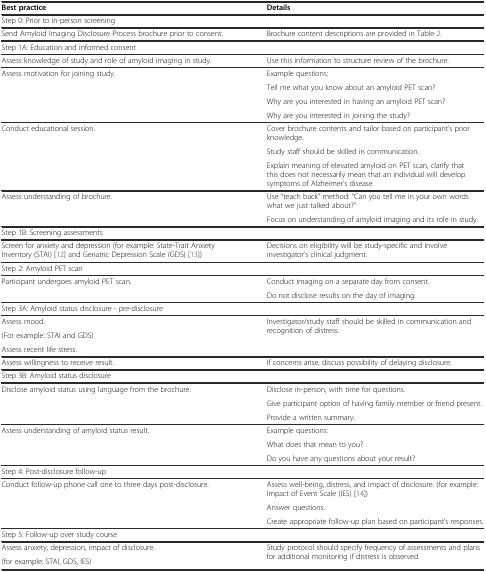
<table><thead><tr><td><b>Best practice</b></td><td><b>Details</b></td></tr></thead><tbody><tr><td>Step 0: Prior to in-person screening</td><td></td></tr><tr><td>Send Amyloid Imaging Disclosure Process brochure prior to consent.</td><td>Brochure content descriptions are provided in Table 2.</td></tr><tr><td>Step 1A: Education and informed consent</td><td></td></tr><tr><td>Assess knowledge of study and role of amyloid imaging in study.</td><td>Use this information to structure review of the brochure.</td></tr><tr><td rowspan="4">Assess motivation for joining study.</td><td>Example questions:</td></tr><tr><td>Tell me what you know about an amyloid PET scan?</td></tr><tr><td>Why are you interested in having an amyloid PET scan?</td></tr><tr><td>Why are you interested in joining the study?</td></tr><tr><td rowspan="3">Conduct educational session.</td><td>Cover brochure contents and tailor based on participant’s prior knowledge.</td></tr><tr><td>Study staff should be skilled in communication.</td></tr><tr><td>Explain meaning of elevated amyloid on PET scan, clarify that this does not necessarily mean that an individual will develop symptoms of Alzheimer’s disease</td></tr><tr><td rowspan="2">Assess understanding of brochure.</td><td>Use “teach back” method: “Can you tell me in your own words what we just talked about?”</td></tr><tr><td>Focus on understanding of amyloid imaging and its role in study.</td></tr><tr><td>Step 1B: Screening assessments</td><td></td></tr><tr><td>Screen for anxiety and depression (for example: State-Trait Anxiety Inventory (STAI) [12] and Geriatric Depression Scale (GDS) [13])</td><td>Decisions on eligibility will be study-specific and involve investigator’s clinical judgment.</td></tr><tr><td>Step 2: Amyloid PET scan</td><td></td></tr><tr><td rowspan="2">Participant undergoes amyloid PET scan.</td><td>Conduct imaging on a separate day from consent.</td></tr><tr><td>Do not disclose results on the day of imaging.</td></tr><tr><td>Step 3A: Amyloid status disclosure - pre-disclosure</td><td></td></tr><tr><td>Assess mood.</td><td rowspan="3">Investigator/study staff should be skilled in communication and recognition of distress.</td></tr><tr><td>(For example: STAI and GDS)</td></tr><tr><td>Assess recent life stress.</td></tr><tr><td>Assess willingness to receive result.</td><td>If concerns arise, discuss possibility of delaying disclosure.</td></tr><tr><td>Step 3B: Amyloid status disclosure</td><td></td></tr><tr><td rowspan="3">Disclose amyloid status using language from the brochure.</td><td>Disclose in-person, with time for questions.</td></tr><tr><td>Give participant option of having family member or friend present.</td></tr><tr><td>Provide a written summary.</td></tr><tr><td rowspan="3">Assess understanding of amyloid status result.</td><td>Example questions:</td></tr><tr><td>What does that mean to you?</td></tr><tr><td>Do you have any questions about your result?</td></tr><tr><td>Step 4: Post-disclosure follow-up</td><td></td></tr><tr><td rowspan="3">Conduct follow-up phone call one to three days post-disclosure.</td><td>Assess well-being, distress, and impact of disclosure. (for example: Impact of Event Scale (IES) [14])</td></tr><tr><td>Answer questions.</td></tr><tr><td>Create appropriate follow-up plan based on participant’s responses.</td></tr><tr><td>Step 5: Follow-up over study course</td><td></td></tr><tr><td>Assess anxiety, depression, impact of disclosure.</td><td rowspan="2">Study protocol should specify frequency of assessments and plans for additional monitoring if distress is observed.</td></tr><tr><td>(for example: STAI, GDS, IES)</td></tr></tbody></table>